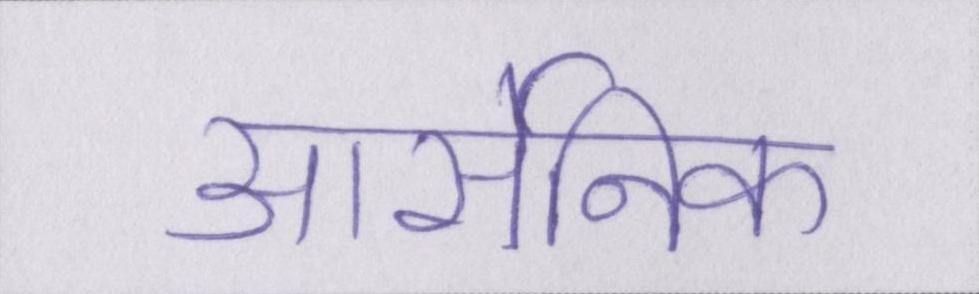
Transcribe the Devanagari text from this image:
आर्सेनिक